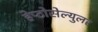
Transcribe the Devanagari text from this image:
हेप्टोसेल्युलर